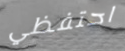
احتفظي